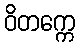
ဝိတက္ကေ